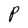
Character: P